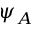
\psi _ { A }